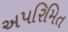
અપરિમિત